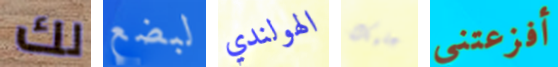
لك لبضع الهولندي عليك أفزعتني